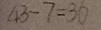
4 3 - 7 = 3 6